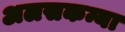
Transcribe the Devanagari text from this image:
अलसकन्या